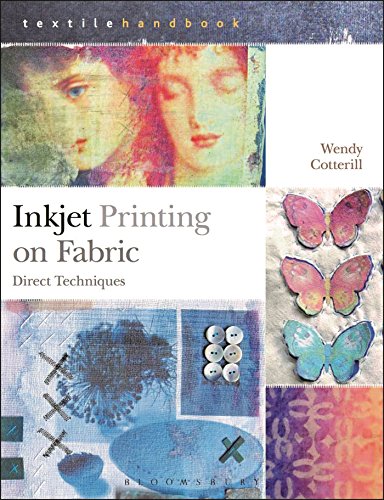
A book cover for Inkjet Printing on Fabric: Direct Techniques (Textiles Handbooks); Wendy Cotterill; Crafts, Hobbies & Home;